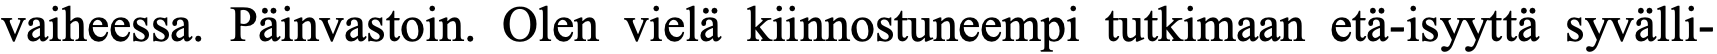
vaiheessa. Päinvastoin. Olen vielä kiinnostuneempi tutkimaan etä-isyyttä syvälli-